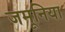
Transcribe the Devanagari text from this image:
जमूनिया